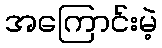
အကြောင်းမဲ့